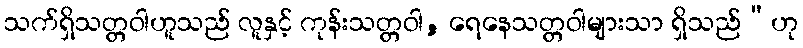
သက်ရှိသတ္တဝါဟူသည် လူနှင့် ကုန်းသတ္တဝါ, ရေနေသတ္တဝါများသာ ရှိသည်”ဟု